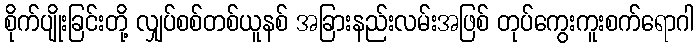
စိုက်ပျိုးခြင်းတို့ လျှပ်စစ်တစ်ယူနစ် အခြားနည်းလမ်းအဖြစ် တုပ်ကွေးကူးစက်ရောဂါ